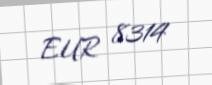
EUR 8314